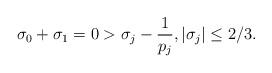
LaTeX: \begin{align*}\sigma_0+\sigma_1=0>\sigma_j-\frac{1}{p_j},|\sigma_j|\leq 2/3.\end{align*}